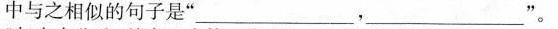
中与之相似的句子是” ___，___ ”。